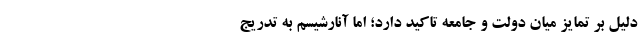
دلیل بر تمایز میان دولت و جامعه تاکید دارد؛ اما آنارشیسم به تدریج